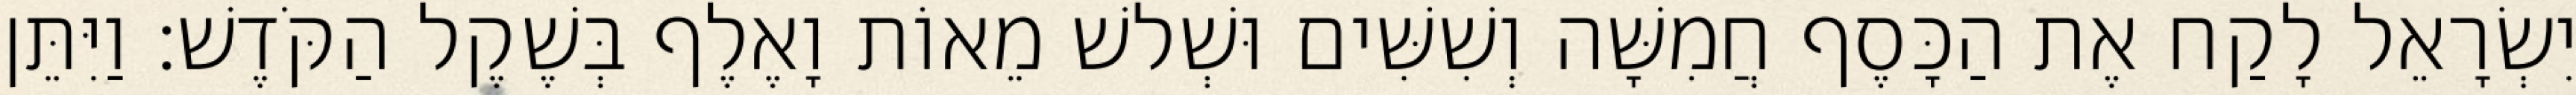
יִשְׂרָאֵל לָקַח אֶת הַכָּסֶף חֲמִשָּׁה וְשִׁשִּׁים וּשְׁלשׁ מֵאוֹת וָאֶלֶף בְּשֶׁקֶל הַקֹּדֶשׁ׃ וַיִּתֵּן